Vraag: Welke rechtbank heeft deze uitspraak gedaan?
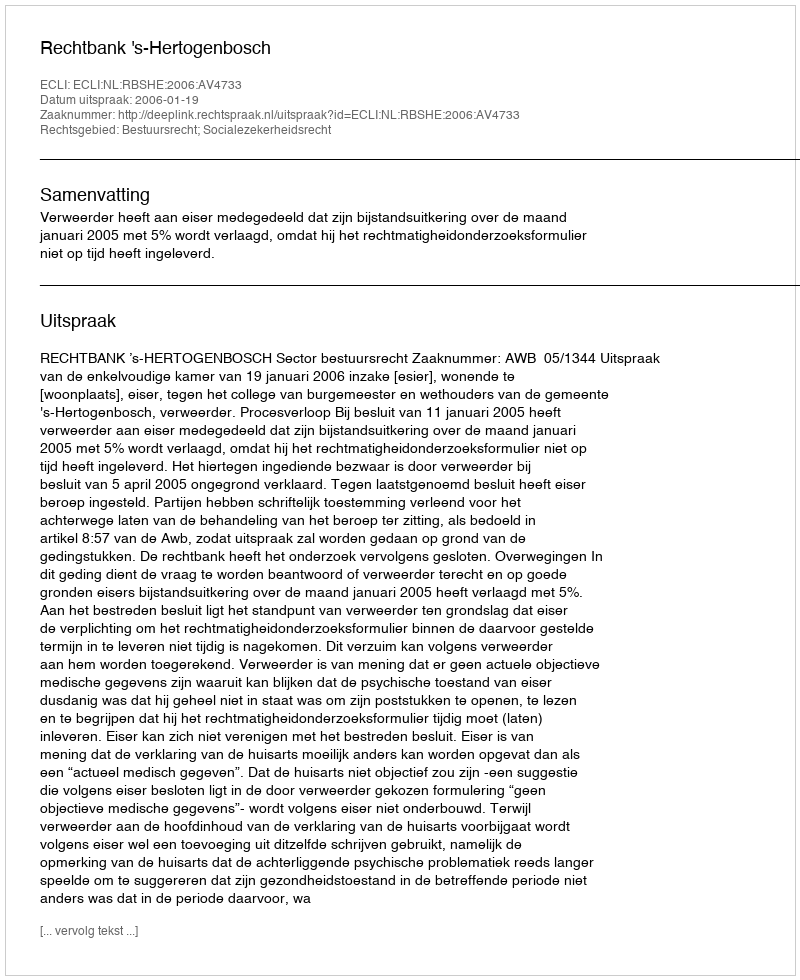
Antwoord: Rechtbank 's-Hertogenbosch